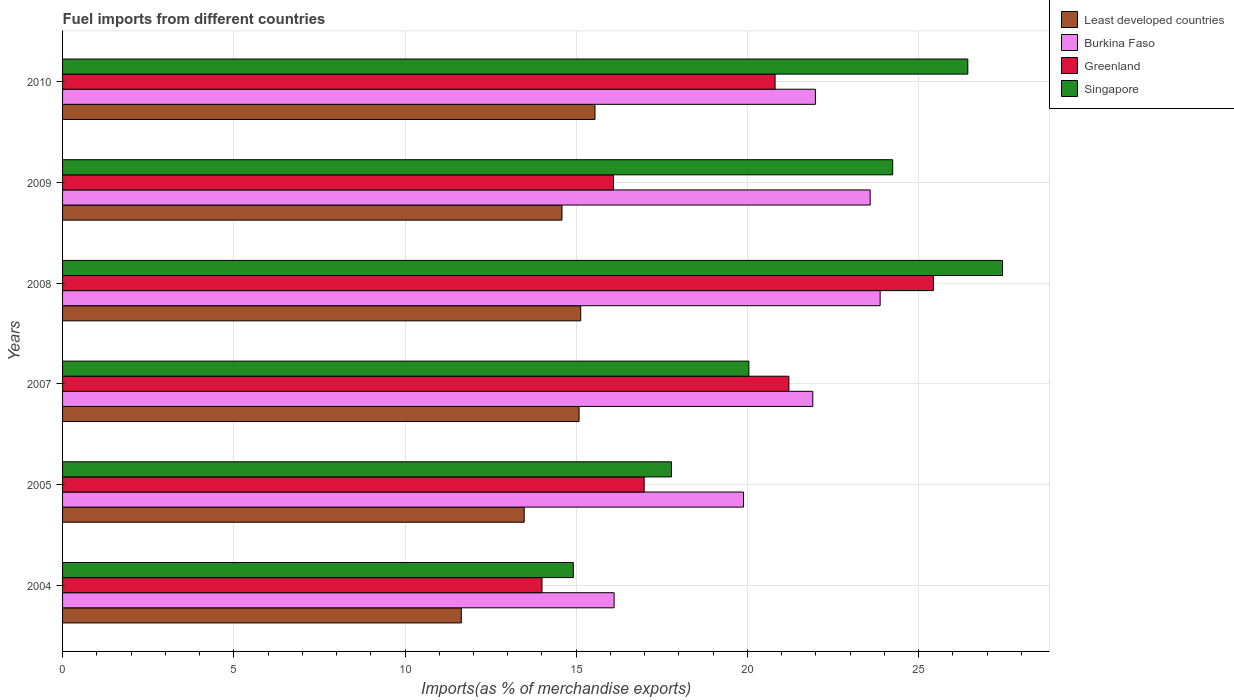
| Years | Least developed countries | Burkina Faso | Greenland | Singapore |
 | --- | --- | --- | --- | --- |
 | 2004 | 11.6 | 16.1 | 14 | 14.9 |
 | 2005 | 13.5 | 19.9 | 17 | 17.8 |
 | 2007 | 15.1 | 21.9 | 21.2 | 20 |
 | 2008 | 15.1 | 23.9 | 25.4 | 27.4 |
 | 2009 | 14.6 | 23.6 | 16.1 | 24.2 |
 | 2010 | 15.5 | 22 | 20.8 | 26.4 |